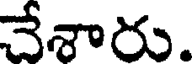
చేశారు.